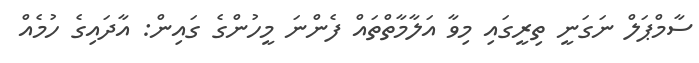
ސާމްޕަލް ނަގަނީ ތިރީގައި މިވާ އަލާމާތްތައް ފެންނަ މީހުންގެ ގައިން: އާދައިގެ ހުމެއް